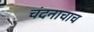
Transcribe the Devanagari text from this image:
चंदनाचाच